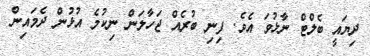
ދިޔައީ ބެލްޓް ނާޅުވަ އެވެ. ފިނި ބުރެއް ޖަހާލަން ނިކުމެ އުޅުން ދެމައިން